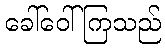
ခေါ်ဝေါ်ကြသည်